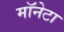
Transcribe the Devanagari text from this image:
मॉनेटा